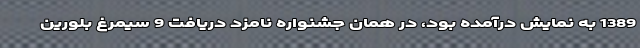
1389 به نمایش درآمده بود، در همان جشنواره نامزد دریافت 9 سیمرغ بلورین